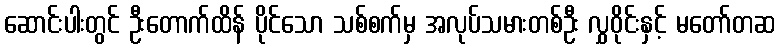
ဆောင်းပါးတွင် ဦးတောက်ထိန် ပိုင်သော သစ်စက်မှ အလုပ်သမားတစ်ဦး လွှဝိုင်းနှင့် မတော်တဆ